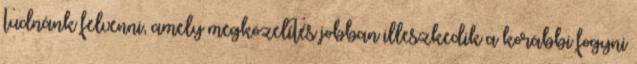
tudnánk felvenni, amely megközelítés jobban illeszkedik a korábbi fogyni